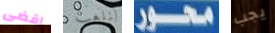
اقضى لنلعب محور يجب